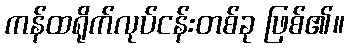
ကန်ထရိုက်လုပ်ငန်းတစ်ခု ဖြစ်၏။